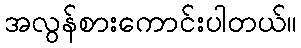
အလွန်စားကောင်းပါတယ်။